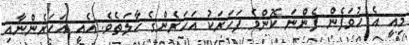
މިއީ އެ ހުވަފެން ފެންނަ ކޮންމެ ފަހަރަކު އަހަރެންގެ ހާލަތެވެ. އެއީ އަހަރެންނާއި